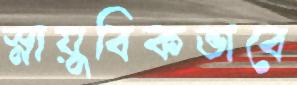
স্নায়ুবিকভাবে